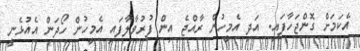
އެކަމަށް ގޮންޖަހާފައި. އަދި އެމީހުން ރާއްޖެ އިން ފުރުވާލާފައި އެމީހުން ހޯދަން އެއުޅެނީ